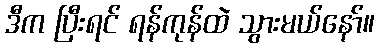
ဒီက ပြီးရင် ရန်ကုန်ထဲ သွားမယ်နော်။